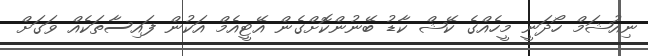
ނިއުޝަމް ހޯދަނީ މީހެއްގެ ކޭޝް ކާޑު ބޭނުންކޮށްގެން އޭޓީއެމް އަކުން ފައިސާތަކެއް ވަގަށް